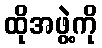
ထိုအဖွဲ့ကို